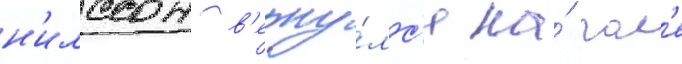
н'илссон в'ерну́лс'я на́ пол'е